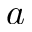
a